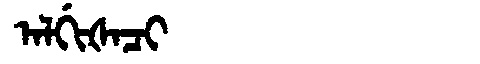
Manchu: ᠠᠯᡤᡳᡧᠠᠴᡳ
Romanization: ALGIŠACI